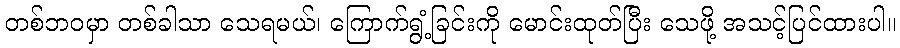
တစ်ဘဝမှာ တစ်ခါသာ သေရမယ်၊ ကြောက်ရွံ့ခြင်းကို မောင်းထုတ်ပြီး သေဖို့ အသင့်ပြင်ထားပါ။